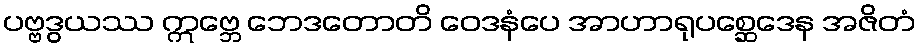
ပဗ္ဗဒွယဿ ဣဗ္ဘေ ဘေဒတောတိ ဝေဒနံပေ အာဟာရုပစ္ဆေဒေန အဇိတံ